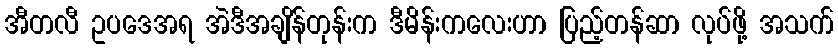
အီတလီ ဥပဒေအရ အဲဒီအချိန်တုန်းက ဒီမိန်းကလေးဟာ ပြည့်တန်ဆာ လုပ်ဖို့ အသက်